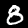
Digit: 8